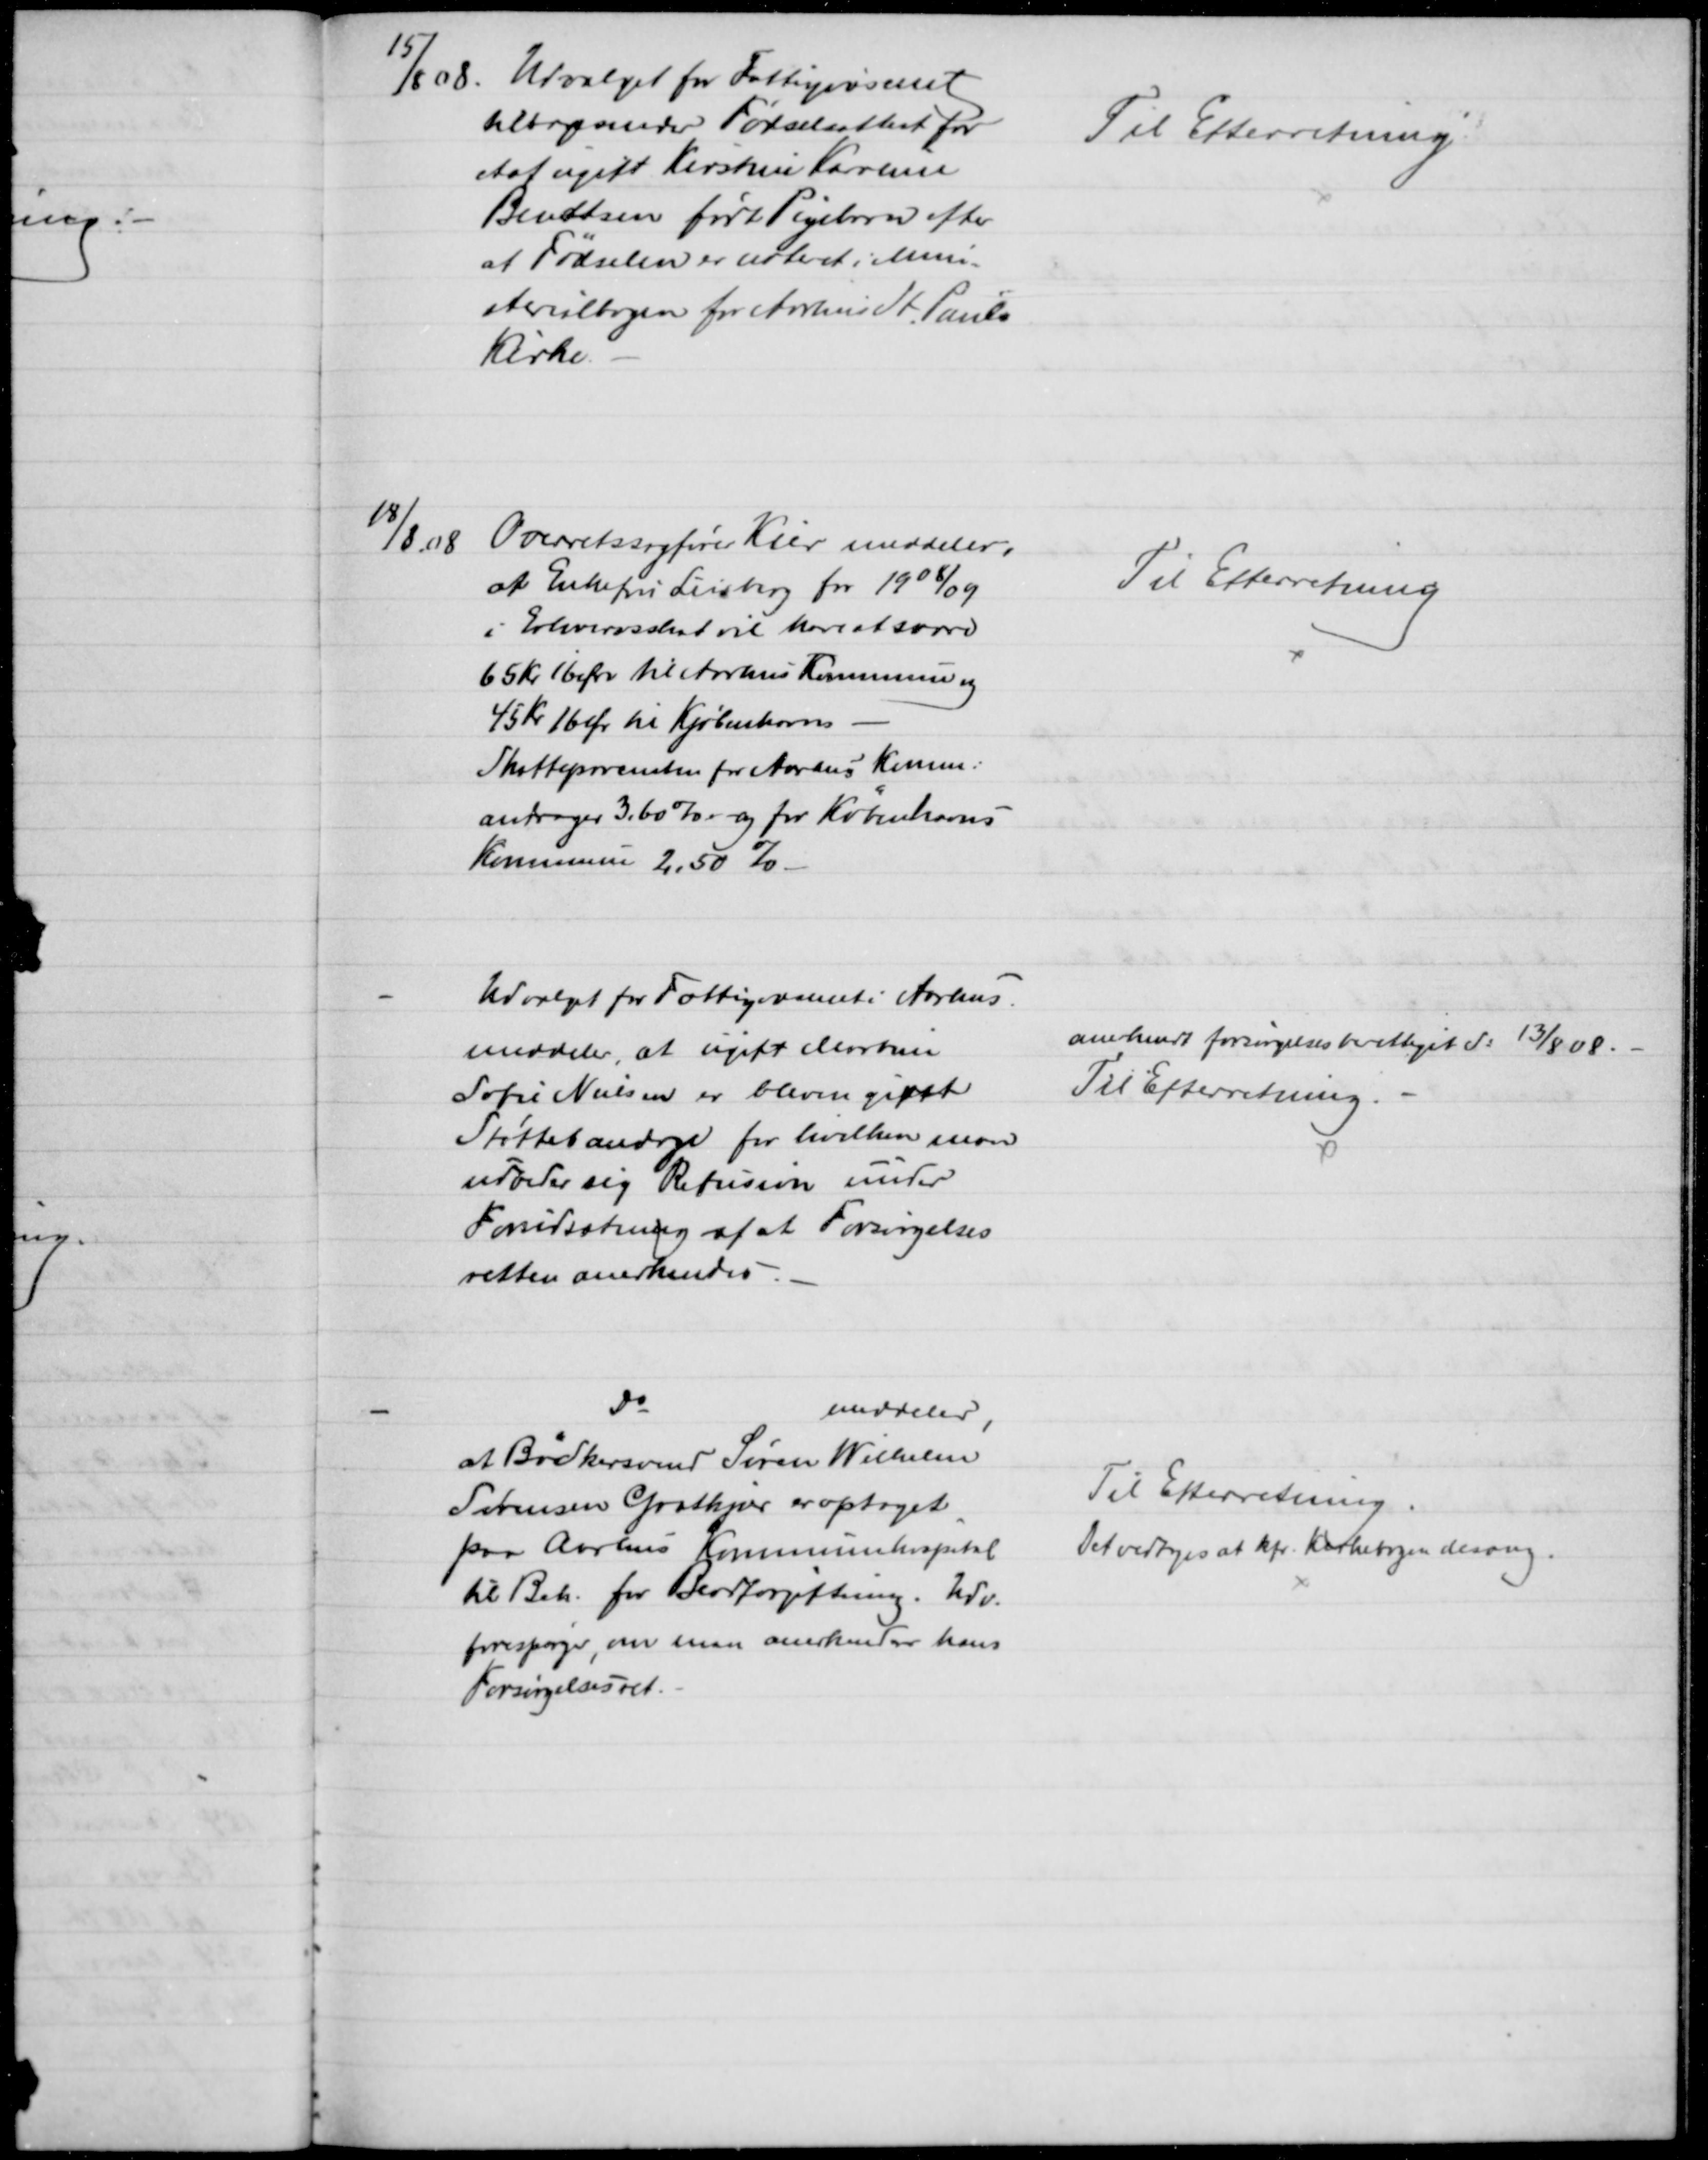
Transskription:
15/8 08. 
Udvalget for Fattigvæsenet
tilbagsender Fødselsattest for
et af ugift Kirstine Karoline
Bendtsen født Pigebarn efter
at Fødselen er noteret i Mini-
sterialbogen for Aarhus St. Pauls
Kirke.
Til Efterretning.
18/8. 08
Overretssagfører Kier meddeler,
at Enkefru Liisberg for 1908/09
i Erhvervsskat vil have at svare
65 kr 16 Øre til Aarhus Kommune og 
45 Kr 16 Øre til Kjøbenhavns
Skatteprocenten for Aarhus Komm:
andrager 3,60 % og for Københavns
Kommune 2.50 %
Til Efterretning
Udvalget for Fattigvæsenet i Aarhus
meddeler, at ugift Martine
Sofie Nielsen er bleven givet
Støttebandage for hvilken man
udbeder sig Refusion under
Forudsætning af at Forsørgelses
retten anerkendes
anerkendt forsørgelsesberettiget d: 13/8 08.
Til Efterretning.
Do
meddeler,
at Bødkersvend Søren Wilhelm
Sørensen Grotkjær er optaget
paa Aarhus Kommunehospital
til Beh. for Blodforgiftning. Udv.
forespørger, om man anerkender hans
Forsørgelsesret.
Til Efterretning.
Det vedtoges at kfr. Kirkebogen desang.